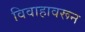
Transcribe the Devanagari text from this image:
विवाहावरून